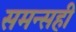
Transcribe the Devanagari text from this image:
समन्सही